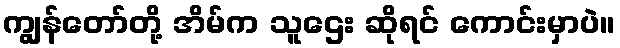
ကျွန်တော်တို့ အိမ်က သူဌေး ဆိုရင် ကောင်းမှာပဲ။